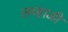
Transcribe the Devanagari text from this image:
लव्हाळी